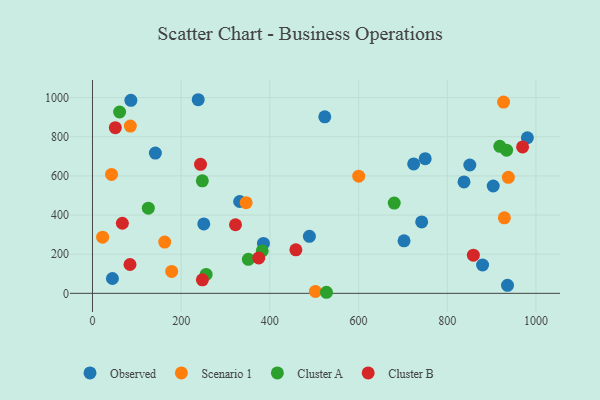
{"axis": {"x": "Ad Spend", "y": "Yield"}, "legend": ["Cluster A", "Cluster B", "Observed", "Scenario 1"], "data": [{"x": "86.6", "y": 985.9, "type": "Observed"}, {"x": "331.9", "y": 469.3, "type": "Observed"}, {"x": "489.1", "y": 291.5, "type": "Observed"}, {"x": "45.0", "y": 75.9, "type": "Observed"}, {"x": "903.6", "y": 548.5, "type": "Observed"}, {"x": "837.7", "y": 569.1, "type": "Observed"}, {"x": "980.6", "y": 795.0, "type": "Observed"}, {"x": "742.3", "y": 364.7, "type": "Observed"}, {"x": "523.8", "y": 901.9, "type": "Observed"}, {"x": "724.2", "y": 661.3, "type": "Observed"}, {"x": "141.8", "y": 716.7, "type": "Observed"}, {"x": "238.4", "y": 989.2, "type": "Observed"}, {"x": "879.6", "y": 144.7, "type": "Observed"}, {"x": "385.5", "y": 254.8, "type": "Observed"}, {"x": "935.8", "y": 41.1, "type": "Observed"}, {"x": "850.8", "y": 655.7, "type": "Observed"}, {"x": "251.0", "y": 354.6, "type": "Observed"}, {"x": "750.2", "y": 688.2, "type": "Observed"}, {"x": "702.5", "y": 268.3, "type": "Observed"}, {"x": "162.9", "y": 261.9, "type": "Scenario 1"}, {"x": "22.9", "y": 286.7, "type": "Scenario 1"}, {"x": "346.4", "y": 463.1, "type": "Scenario 1"}, {"x": "502.7", "y": 9.6, "type": "Scenario 1"}, {"x": "600.3", "y": 598.5, "type": "Scenario 1"}, {"x": "926.9", "y": 977.0, "type": "Scenario 1"}, {"x": "937.7", "y": 592.5, "type": "Scenario 1"}, {"x": "928.7", "y": 386.0, "type": "Scenario 1"}, {"x": "85.4", "y": 854.7, "type": "Scenario 1"}, {"x": "43.0", "y": 607.4, "type": "Scenario 1"}, {"x": "178.6", "y": 112.1, "type": "Scenario 1"}, {"x": "351.5", "y": 173.7, "type": "Cluster A"}, {"x": "680.4", "y": 461.1, "type": "Cluster A"}, {"x": "247.7", "y": 574.6, "type": "Cluster A"}, {"x": "256.3", "y": 96.5, "type": "Cluster A"}, {"x": "125.9", "y": 435.2, "type": "Cluster A"}, {"x": "382.8", "y": 216.6, "type": "Cluster A"}, {"x": "933.7", "y": 731.4, "type": "Cluster A"}, {"x": "527.6", "y": 5.4, "type": "Cluster A"}, {"x": "61.2", "y": 926.4, "type": "Cluster A"}, {"x": "918.5", "y": 751.2, "type": "Cluster A"}, {"x": "969.8", "y": 747.8, "type": "Cluster B"}, {"x": "243.6", "y": 659.1, "type": "Cluster B"}, {"x": "247.8", "y": 69.0, "type": "Cluster B"}, {"x": "84.6", "y": 147.4, "type": "Cluster B"}, {"x": "51.5", "y": 846.2, "type": "Cluster B"}, {"x": "67.4", "y": 358.0, "type": "Cluster B"}, {"x": "322.5", "y": 350.4, "type": "Cluster B"}, {"x": "458.6", "y": 222.5, "type": "Cluster B"}, {"x": "858.8", "y": 194.8, "type": "Cluster B"}, {"x": "374.9", "y": 180.8, "type": "Cluster B"}]}